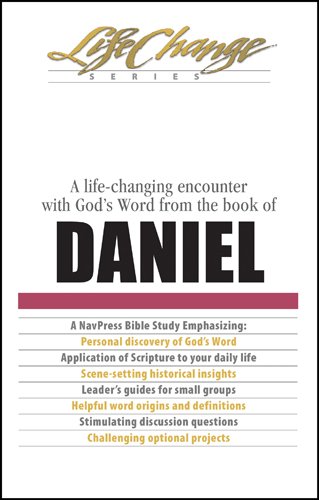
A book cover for Daniel: A life-changing encounter with God's Word from the book of (LifeChange); Christian Books & Bibles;